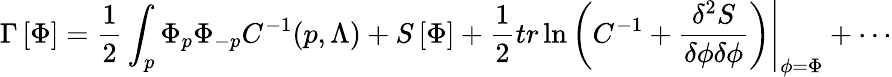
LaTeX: \Gamma\left[\Phi\right]=\frac{1}{2}\int_{p}\Phi_{p}\Phi_{-p}C^{-1}(p,\Lambda)+S\left[\Phi\right]+\frac{1}{2}{tr}\ln\left.\left(C^{-1}+\frac{\delta^{2}S}{\delta\phi\delta\phi}\right)\right|_{\phi=\Phi}+\cdots